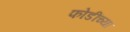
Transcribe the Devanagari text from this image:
फोडींच्या